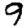
Digit: 9